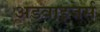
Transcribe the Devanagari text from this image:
अडवाइजर्स